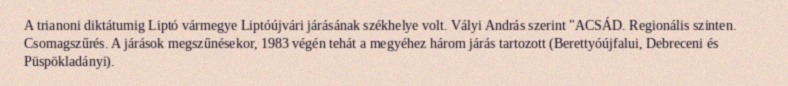
A trianoni diktátumig Liptó vármegye Liptóújvári járásának székhelye volt. Vályi András szerint "ACSÁD. Regionális szinten. Csomagszűrés. A járások megszűnésekor, 1983 végén tehát a megyéhez három járás tartozott (Berettyóújfalui, Debreceni és Püspökladányi).